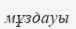
мұздауы